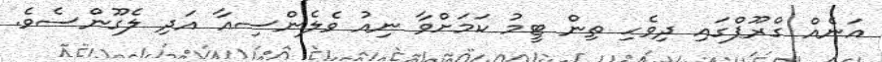
އަނެއް ގްރޫޕްގައި ދިވެހި ތިން ޓީމު ކަމަށްވާ ނިއު ވެލެންސިއާ އަދި ލެގޫންސެވެ.